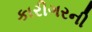
કારીગરની